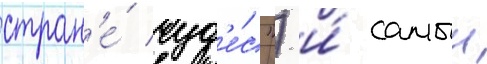
стран'е́ чуд'е́с") и́ самыи